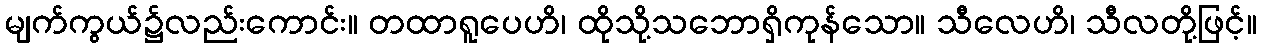
မျက်ကွယ်၌လည်းကောင်း။ တထာရူပေဟိ၊ ထိုသို့သဘောရှိကုန်သော။ သီလေဟိ၊ သီလတို့ဖြင့်။